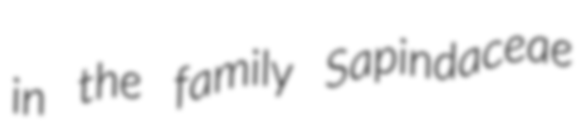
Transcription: in the family Sapindaceae